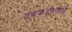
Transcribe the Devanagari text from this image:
तबकडीतील